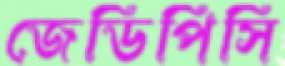
জেডিপিসি